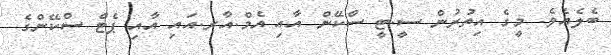
ބެލެއެވެ. މީގެ އިތުރުން ސީ.ޓީ ސްކޭން އާއި އެމް.އާރ.އައި އާއި ޕެޓް ސްކޭންގެ